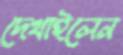
দেখাইলেন